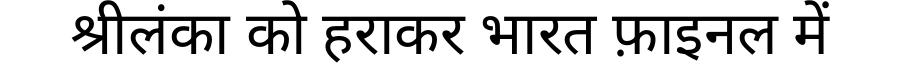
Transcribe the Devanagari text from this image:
श्रीलंका को हराकर भारत फ़ाइनल में